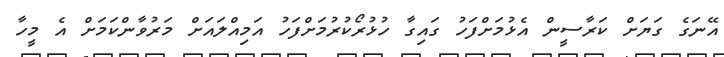
އޭނަގެ ގަޔަށް ކަރާސީން އެޅުމަށްފަހު ގައިގާ ހުޅުރޯކުރުމަށްފަހު އަމިއްލައަށް މަރުވާންކަމަށް އެ މީހާ